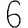
Digit: 6